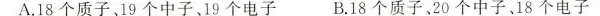
A.18个质子、19个中子、19个电子 B.18个质子20个中子18个电子